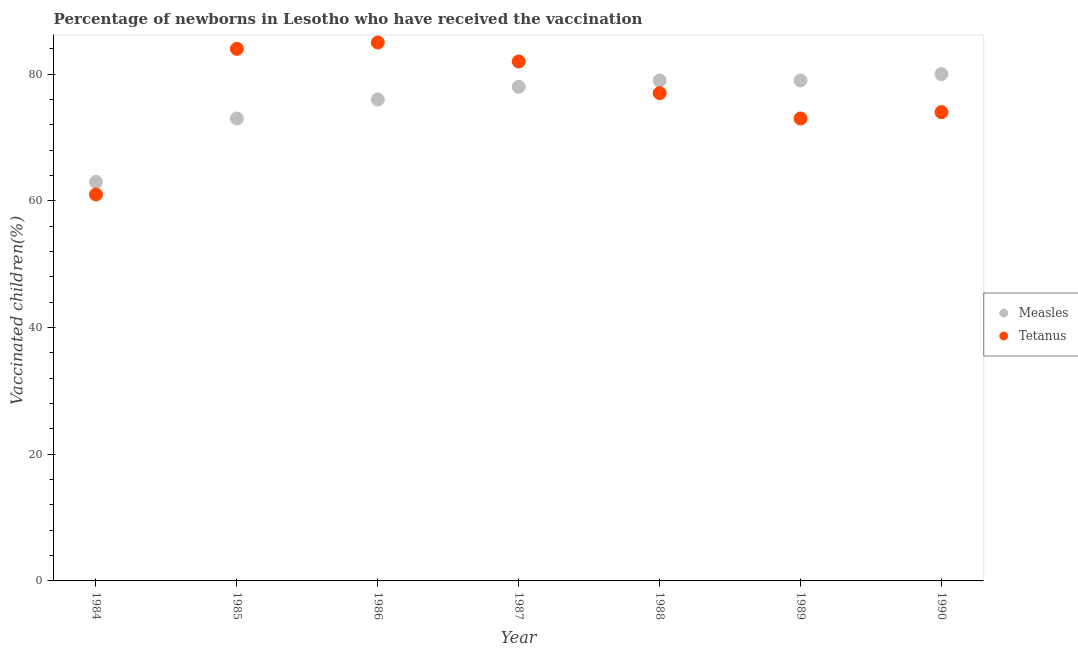
| Year | Measles | Tetanus |
 | --- | --- | --- |
 | 1984 | 63 | 61 |
 | 1985 | 73 | 84 |
 | 1986 | 76 | 85 |
 | 1987 | 78 | 82 |
 | 1988 | 79 | 77 |
 | 1989 | 79 | 73 |
 | 1990 | 80 | 74 |